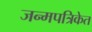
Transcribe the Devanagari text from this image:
जन्मपत्रिकेत